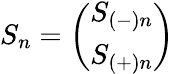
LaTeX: S_{n}=\left(\begin{array}{c}{{S_{(-)n}}}\\ {{S_{(+)n}}}\end{array}\right)